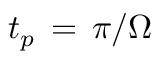
t _ { p } \, = \, \pi / \Omega